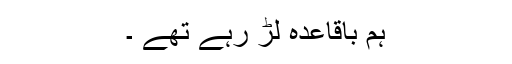
ہم باقاعدہ لڑ رہے تھے ۔